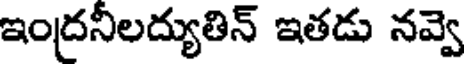
ఇంద్రనీలద్యుతిన్ ఇతడు నవ్వె